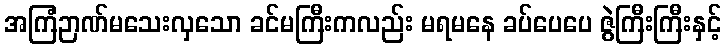
အကြံဉာဏ်မသေးလှသော ခင်မကြီးကလည်း မရမနေ ခပ်ပေပေ ဇွဲကြီးကြီးနှင့်